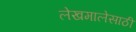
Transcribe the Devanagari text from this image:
लेखमालेसाठी